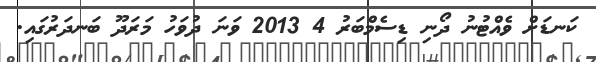
ކަނޑަށް ވެއްޓުނު ދޯނި ޑިސެމްބަރު 4 2013 ވަނަ ދުވަހު މަރަދޫ ބަނދަރުގައި.